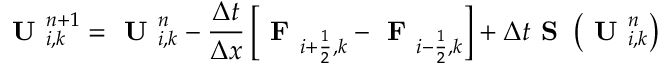
\textbf { U } _ { i , k } ^ { n + 1 } = \textbf { U } _ { i , k } ^ { n } - \frac { \Delta t } { \Delta x } \left[ \textbf { F } _ { i + \frac { 1 } { 2 } , k } - \textbf { F } _ { i - \frac { 1 } { 2 } , k } \right] + \Delta t \textbf { S } \left( \textbf { U } _ { i , k } ^ { n } \right)